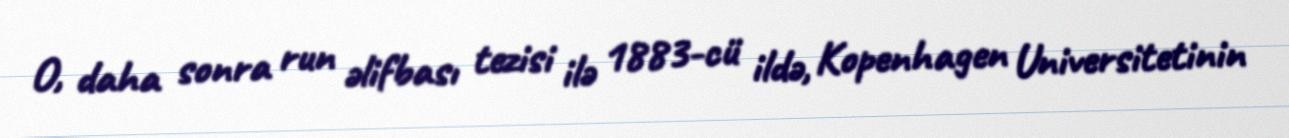
O, daha sonra run əlifbası tezisi ilə 1883-cü ildə, Kopenhagen Universitetinin